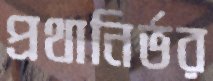
প্রথানির্ভর